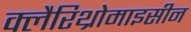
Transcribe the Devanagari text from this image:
क्लैरिथ्रोमाइसीन